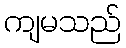
ကျမသည်